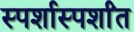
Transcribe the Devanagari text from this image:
स्पर्शास्पर्शांत